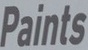
Paints